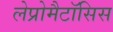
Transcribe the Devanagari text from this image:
लेप्रोमैटॉसिस